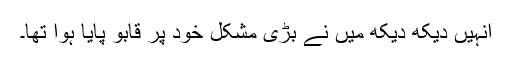
انہیں دیکھ دیکھ میں نے بڑی مشکل خود پر قابو پایا ہوا تھا۔